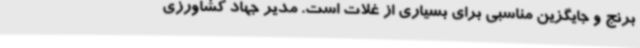
برنج و جایگزین مناسبی برای بسیاری از غلات است. مدیر جهاد کشاورزی